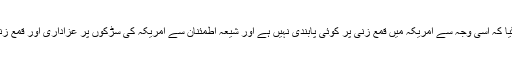
اس کے بعد کہا گیا کہ اسی وجہ سے امریکہ میں قمع زنی پر کوئی پابندی نہیں ہے اور شیعہ اطمئنان سے امریکہ کی سڑکوں پر عزاداری اور قمع زنی کر سکتے ہیں۔